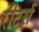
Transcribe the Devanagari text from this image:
रीटर्स